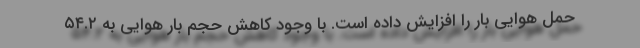
حمل هوایی بار را افزایش داده است. با وجود کاهش حجم بار هوایی به ۵۴.۲